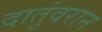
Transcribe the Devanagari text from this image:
दातुंवरान